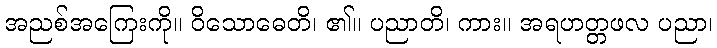
အညစ်အကြေးကို။ ဝိသောဓေတိ၊ ၏။ ပညာတိ၊ ကား။ အရဟတ္တဖလ ပညာ၊